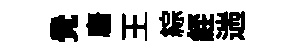
覺麕王綜𦀇遄